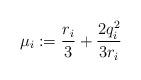
LaTeX: \begin{align*} \mu_i&:=\frac{r_i}{3}+\frac{2q_{i}^{2}}{3r_{i}} \end{align*}